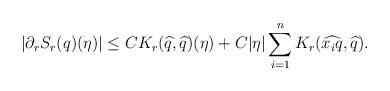
LaTeX: \begin{align*} \left | \partial_r S_{r}(q)(\eta) \right | \le C K_{r}(\widehat{q},\widehat{q})(\eta) + C |\eta|\sum_{i=1}^n K_{r}(\widehat{x_iq},\widehat{q}). \end{align*}